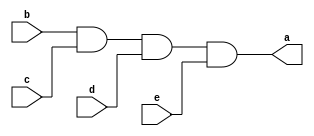
//Structural level modelling 

module and_gate(output a, input b, c, d, e); 
  assign a = b & c & d & e; 
endmodule

module not_gate(output f, input g); 
  assign f = ~ g; 
endmodule

module or_gate(output l, input m, n, o, p, q, r, s, t); 
  assign l = m | n | o | p | q | r | s | t; 
endmodule

module m81(out, D0, D1, D2, D3, D4, D5, D6, D7, S0, S1, S2); 
  output out; 
  input D0, D1, D2, D3, D4, D5, D6, D7, S0, S1, S2; 
  wire s0bar, s1bar, T1, T2, T3, T4, T5, T6, T7, T8;
  not_gate u1(s1bar, S1);
  not_gate u2(s0bar, S0);
  not_gate u3(s2bar, S2);
  and_gate u4(T1, D0, s0bar, s1bar, s2bar);
  and_gate u5(T2, D1, S0, s1bar, s2bar);
  and_gate u6(T3, D2, s0bar, S1, s2bar);
  and_gate u7(T4, D3, S0, S1, s2bar);
  and_gate u8(T5, D4, s0bar, s1bar, S2);
  and_gate u9(T6, D5, S0, s1bar, S2);
  and_gate u10(T7, D6, s0bar, S1, S2);
  and_gate u11(T8, D7, S0, S1, S2);
  or_gate u12(out, T1, T2, T3, T4, T5, T6, T7, T8);
endmodule